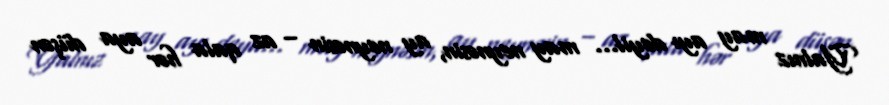
Yalnız may ayı deyil... may neynəsin, ay neynəsin – az qala hər aya düşən